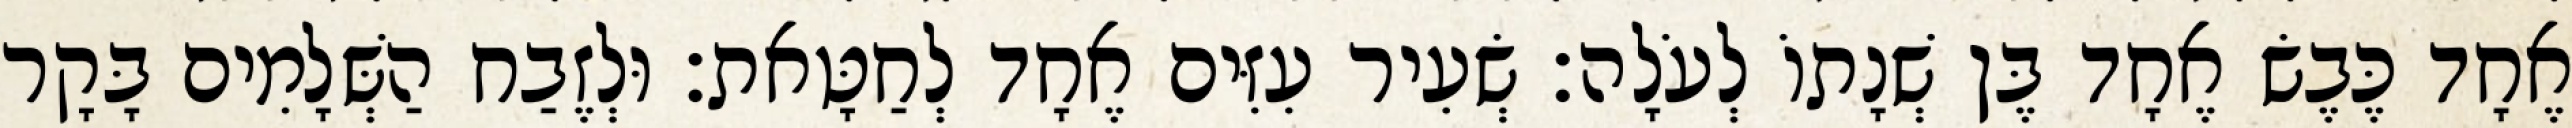
אֶחָד כֶּבֶשׂ אֶחָד בֶּן שְׁנָתוֹ לְעֹלָה׃ שְׂעִיר עִזִּים אֶחָד לְחַטָּאת׃ וּלְזֶבַח הַשְּׁלָמִים בָּקָר